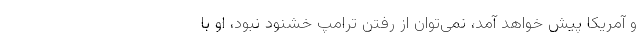
و آمریکا پیش خواهد آمد، نمی‌توان از رفتن ترامپ خشنود نبود، او با